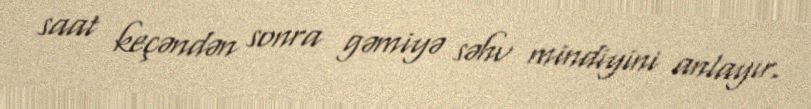
saat keçəndən sonra gəmiyə səhv mindiyini anlayır.